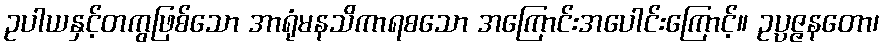
ဥပါယနှင့်တကွဖြစ်သော အာရုံမနသိကာရစသော အကြောင်းအပေါင်းကြောင့်။ ဥပ္ပဇ္ဇနတော၊